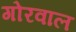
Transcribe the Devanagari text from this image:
गोरवाल